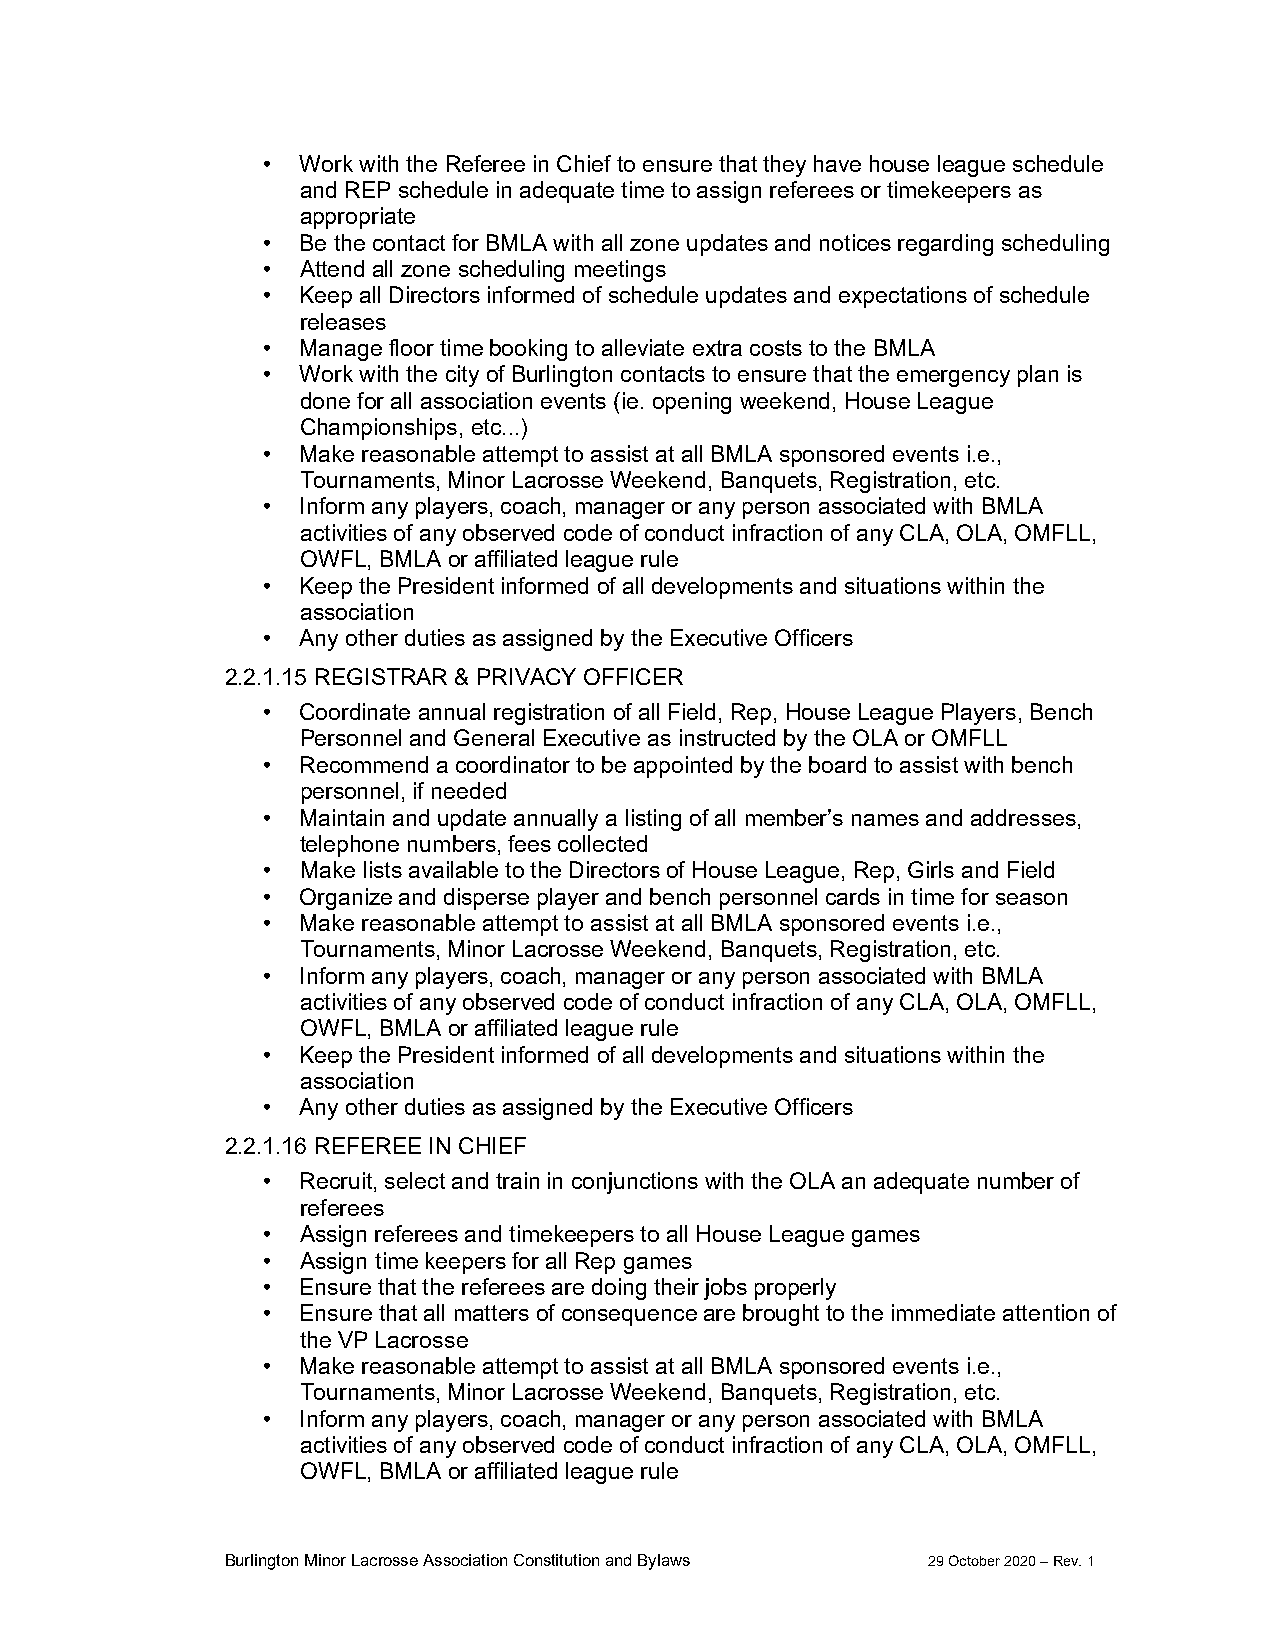
•  Work with the Referee in Chief to ensure that they have house league schedule
 and REP schedule in adequate time to assign referees or timekeepers as
 appropriate
 •  Be the contact for BMLA with all zone updates and notices regarding scheduling
 •  Attend all zone scheduling meetings
 •  Keep all Directors informed of schedule updates and expectations of schedule
 releases
 •  Manage floor time booking to alleviate extra costs to the BMLA
 •  Work with the city of Burlington contacts to ensure that the emergency plan is
 done for all association events (ie. opening weekend, House League
 Championships, etc...)
 •  Make reasonable attempt to assist at all BMLA sponsored events i.e.,
 Tournaments, Minor Lacrosse Weekend, Banquets, Registration, etc.
 •  Inform any players, coach, manager or any person associated with BMLA
 activities of any observed code of conduct infraction of any CLA, OLA, OMFLL,
 OWFL, BMLA or affiliated league rule
 •  Keep the President informed of all developments and situations within the
 association
 •  Any other duties as assigned by the Executive Officers
 2.2.1.15 REGISTRAR & PRIVACY OFFICER
 •  Coordinate annual registration of all Field, Rep, House League Players, Bench
 Personnel and General Executive as instructed by the OLA or OMFLL
 •  Recommend a coordinator to be appointed by the board to assist with bench
 personnel, if needed
 •  Maintain and update annually a listing of all member’s names and addresses,
 telephone numbers, fees collected
 •  Make lists available to the Directors of House League, Rep, Girls and Field
 •  Organize and disperse player and bench personnel cards in time for season
 •  Make reasonable attempt to assist at all BMLA sponsored events i.e.,
 Tournaments, Minor Lacrosse Weekend, Banquets, Registration, etc.
 •  Inform any players, coach, manager or any person associated with BMLA
 activities of any observed code of conduct infraction of any CLA, OLA, OMFLL,
 OWFL, BMLA or affiliated league rule
 •  Keep the President informed of all developments and situations within the
 association
 •  Any other duties as assigned by the Executive Officers
 2.2.1.16 REFEREE IN CHIEF
 •  Recruit, select and train in conjunctions with the OLA an adequate number of
 referees
 •  Assign referees and timekeepers to all House League games
 •  Assign time keepers for all Rep games
 •  Ensure that the referees are doing their jobs properly
 •  Ensure that all matters of consequence are brought to the immediate attention of
 the VP Lacrosse
 •  Make reasonable attempt to assist at all BMLA sponsored events i.e.,
 Tournaments, Minor Lacrosse Weekend, Banquets, Registration, etc.
 •  Inform any players, coach, manager or any person associated with BMLA
 activities of any observed code of conduct infraction of any CLA, OLA, OMFLL,
 OWFL, BMLA or affiliated league rule
 Burlington Minor Lacrosse Association Constitution and Bylaws 29 October 2020 – Rev. 1